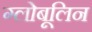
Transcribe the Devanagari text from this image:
ग्लोबूलिन